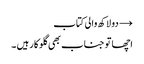
→ دو لاکھ والی کتاب
اچھا تو جناب بھی گلوکار ہیں ۔